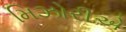
મિઝોરીએ